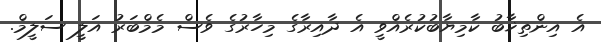
އެ އިންތިޚާބު ކާމިޔާބުކުރެއްވީ އެ ދާއިރާގެ މިހާރުގެ ވެސް މެމްބަރު އަލީ ސަލީމް.